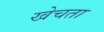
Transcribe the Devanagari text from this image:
खेचता